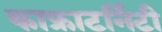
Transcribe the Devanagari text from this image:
काफ्राटर्निटी